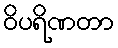
ဝိပရိဏတာ